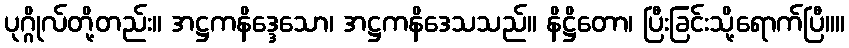
ပုဂ္ဂိုလ်တို့တည်း။ အဋ္ဌကနိဒ္ဒေသော၊ အဋ္ဌကနိဒေသသည်။ နိဋ္ဌိတော၊ ပြီးခြင်းသို့ရောက်ပြီ။။